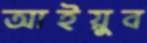
আইয়ুব